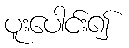
ပူးပေါင်း၍